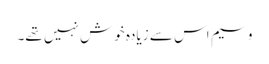
وسیم اس سے زیادہ خوش نہیں تھے۔